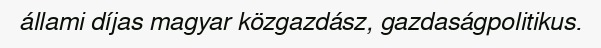
állami díjas magyar közgazdász, gazdaságpolitikus.